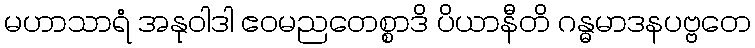
မဟာသာရံ အနုဝါဒါ ဧဝမညတေစ္စာဒိ ပိယာနီတိ ဂန္ဓမာဒနပဗ္ဗတေ